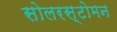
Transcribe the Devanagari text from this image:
सोलरस्टोमन